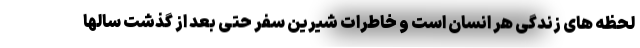
لحظه های زندگی هر انسان است و خاطرات شیرین سفر حتی بعد از گذشت سالها